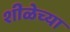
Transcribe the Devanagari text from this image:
शीळेच्या